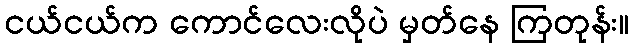
ငယ်ငယ်က ကောင်လေးလိုပဲ မှတ်နေ ကြတုန်း။